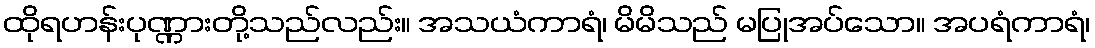
ထိုရဟန်းပုဏ္ဏားတို့သည်လည်း။ အသယံကာရံ၊ မိမိသည် မပြုအပ်သော။ အပရံကာရံ၊